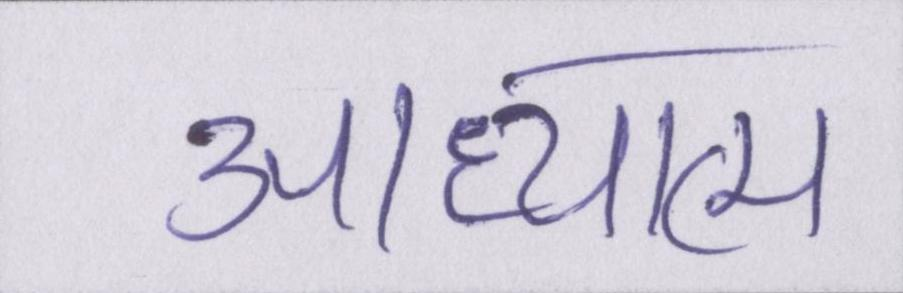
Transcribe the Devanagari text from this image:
आध्यात्म